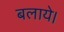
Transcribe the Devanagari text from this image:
बलाये।